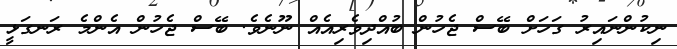
ނިކުންނައިރު ގަހަށް ބޭސް ޖެހުން ބުއްދިވެރިއެއް ނޫނެވެ. ބޭސް ޖެހުން އެންމެ ރަނގަޅީ